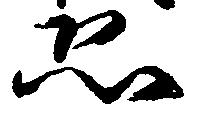
恐